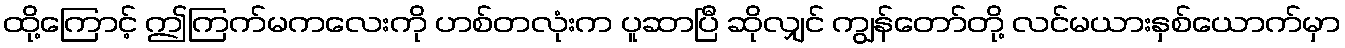
ထို့ကြောင့် ဤကြက်မကလေးကို ဟစ်တလုံးက ပူဆာပြီ ဆိုလျှင် ကျွန်တော်တို့ လင်မယားနှစ်ယောက်မှာ